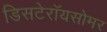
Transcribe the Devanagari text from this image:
डिसटेरॉयसोमर